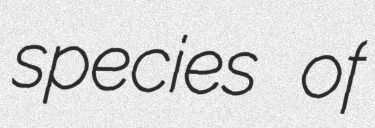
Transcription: species of